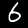
Label: 6